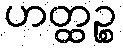
ဟတ္ထဉ္စ